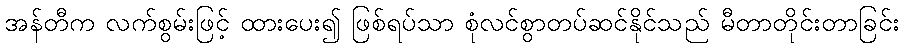
အန်တီက လက်စွမ်းဖြင့် ထားပေး၍ ဖြစ်ရပ်သာ စုံလင်စွာတပ်ဆင်နိုင်သည် မီတာတိုင်းတာခြင်း